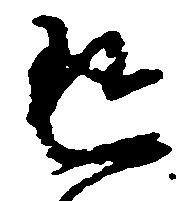
返